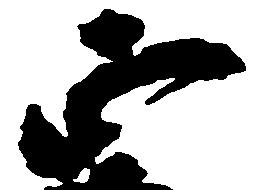
正